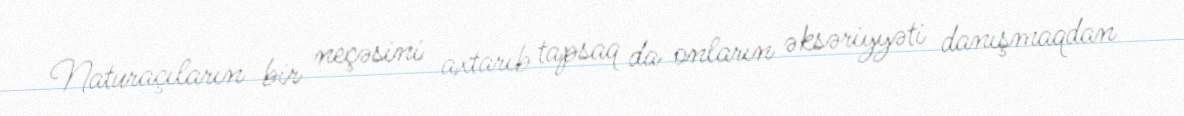
Naturaçıların bir neçəsini axtarıb tapsaq da onların əksəriyyəti danışmaqdan